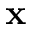
\textbf { x }